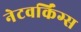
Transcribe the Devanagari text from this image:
नेटवर्किंग्स